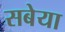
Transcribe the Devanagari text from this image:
सबेया